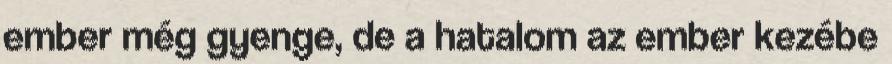
ember még gyenge, de a hatalom az ember kezébe